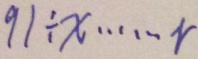
9 1 \div x \cdots r